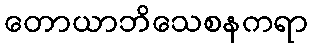
တောယာဘိသေစနကရာ